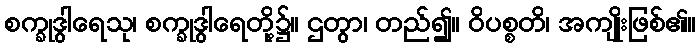
စက္ခုဒွါရေသု၊ စက္ခုဒွါရေတို့၌။ ဌတွာ၊ တည်၍။ ဝိပစ္စတိ၊ အကျိုးဖြစ်၏။